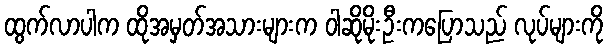
ထွက်လာပါက ထိုအမှတ်အသားများက ဝါဆိုမိုးဦးကပြောသည် လုပ်များကို